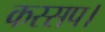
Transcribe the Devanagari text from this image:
कस्सप।